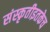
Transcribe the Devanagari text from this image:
संस्कृतीइतकेच